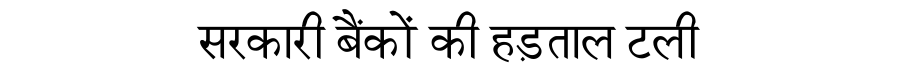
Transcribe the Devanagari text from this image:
सरकारी बैंकों की हड़ताल टली